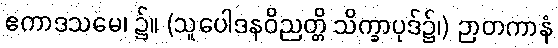
ဧကာဒသမေ၊ ၌။ (သူပေါဒနဝိညတ္တိ သိက္ခာပုဒ်၌၊) ဉာတကာနံ